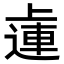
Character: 𨕭